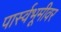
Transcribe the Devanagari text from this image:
पार्स्वभूमीवर